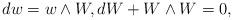
LaTeX: \begin{align*}dw=w\wedge W, dW+ W\wedge W = 0,\end{align*}